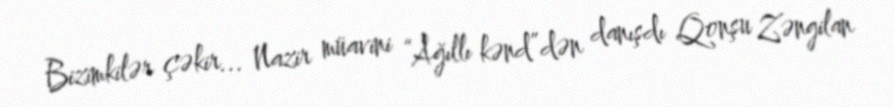
Bizimkilər çəkir... Nazir müavini “Ağıllı kənd”dən danışdı Qonşu Zəngilan